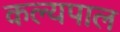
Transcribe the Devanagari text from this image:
कल्यपाल